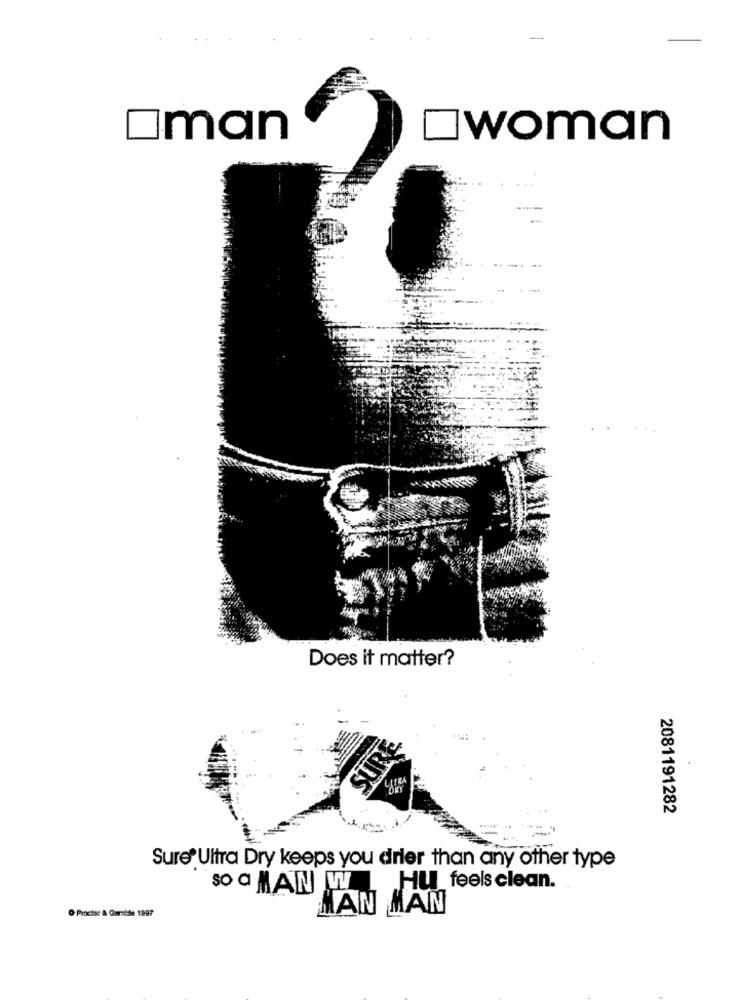
woman
man
Does it matter?
SUR
2081191282
Sure' Ultra Dry keeps you drier than any other type
so a MAN W
Hu_feels clean.
O Procter & Gamble 1997
MAN MAN